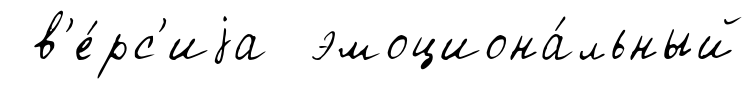
в'е́рс'иjа эмоциона́льный